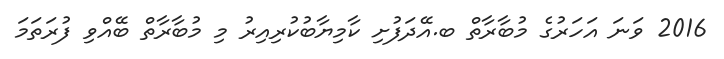
2016 ވަނަ އަހަރުގެ މުބާރާތް ބ.އޭދަފުށި ކާމިޔާބުކުރިއިރު މި މުބާރާތް ބޭއްވި ފުރަތަމަ